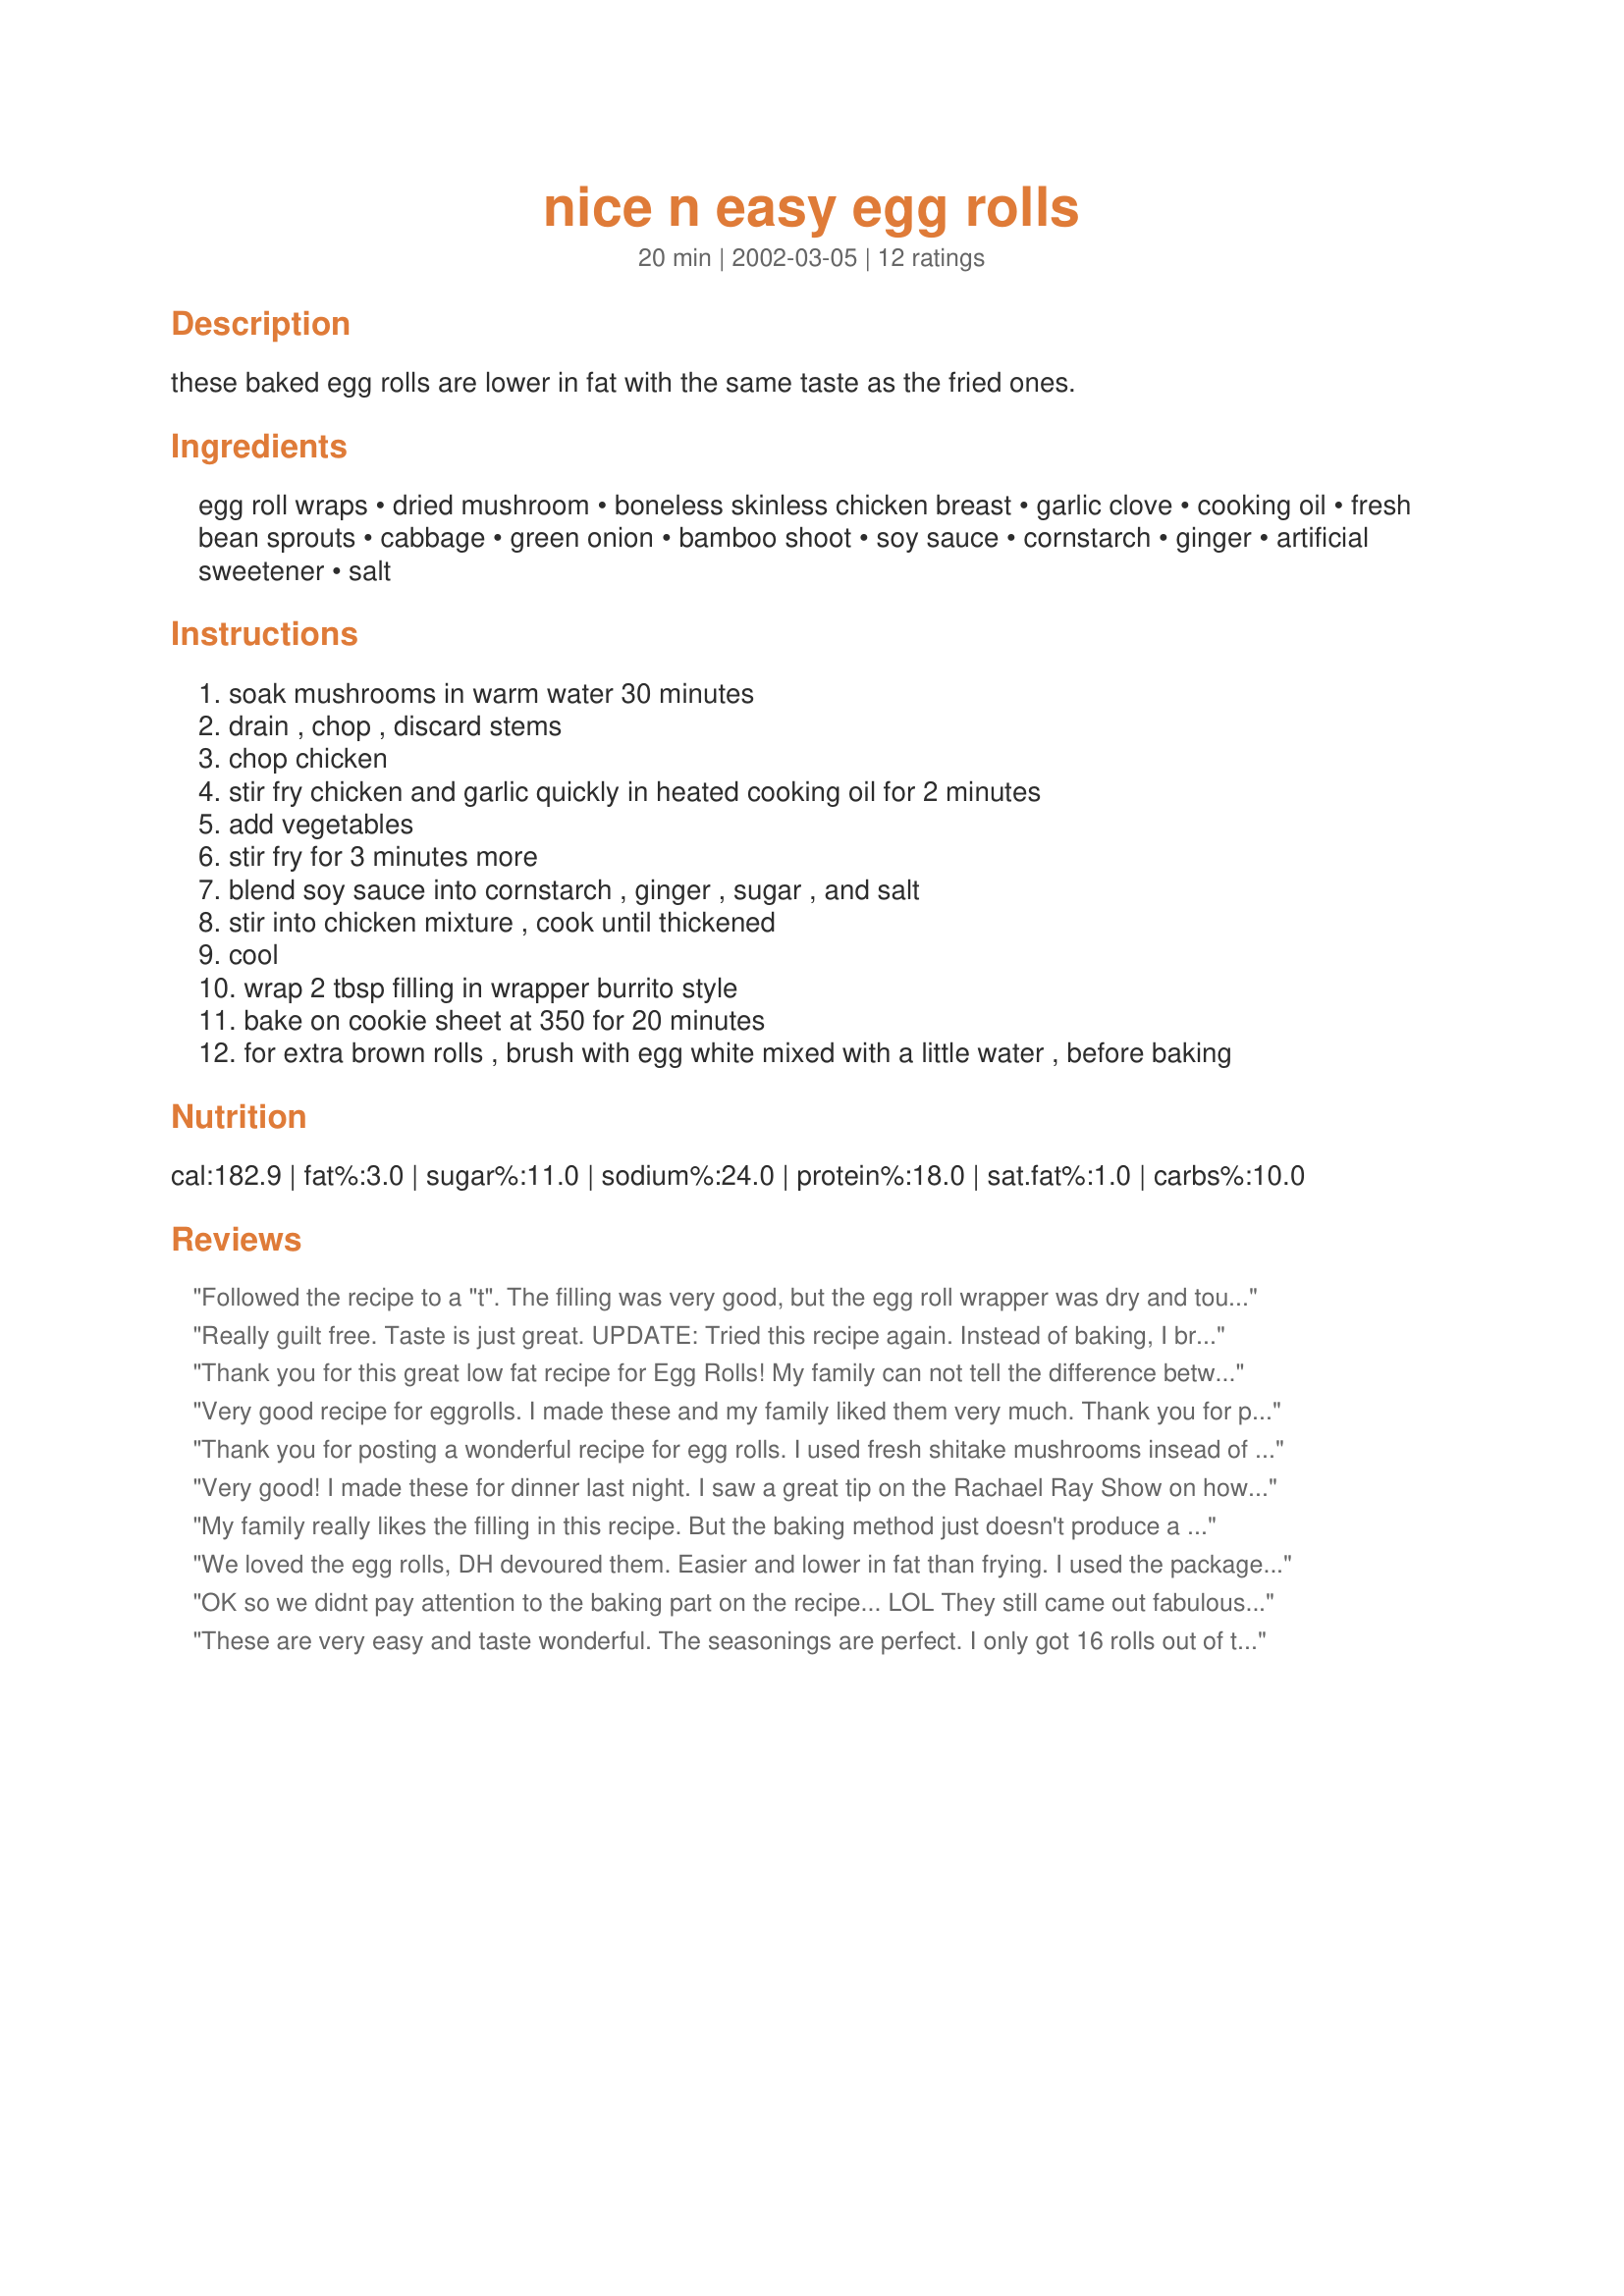
nice n easy egg rolls
Preparation time: 20 minutes

these baked egg rolls are lower in fat with the same taste as the fried ones.

Ingredients:
egg roll wraps, dried mushroom, boneless skinless chicken breast, garlic clove, cooking oil, fresh bean sprouts, cabbage, green onion, bamboo shoot, soy sauce, cornstarch, ginger, artificial sweetener, salt

Steps:
soak mushrooms in warm water 30 minutes
drain , chop , discard stems
chop chicken
stir fry chicken and garlic quickly in heated cooking oil for 2 minutes
add vegetables
stir fry for 3 minutes more
blend soy sauce into cornstarch , ginger , sugar , and salt
stir into chicken mixture , cook until thickened
cool
wrap 2 tbsp filling in wrapper burrito style
bake on cookie sheet at 350 for 20 minutes
for extra brown rolls , brush with egg white mixed with a little water , before baking

Reviews:
Followed the recipe to a "t". The filling was very good, but the egg roll wrapper was dry and tough. Next time will fry rather than bake.
Really guilt free. Taste is just great.
UPDATE: Tried this recipe again. Instead of baking, I browned them in cooking spray, then reduced heat to low and steamed them 10 minutes covered with 1/4 cup of chicken broth. WOW! great.
Thank you for this great low fat recipe for Egg Rolls! My family can not tell the difference between the bake ones and or the fried ones! Thanks again!
Donna
Very good recipe for eggrolls. I made these and my family liked them very much. Thank you for posting.
Thank you for posting a wonderful recipe for egg rolls. I used fresh shitake mushrooms insead of dried ones. Mine were not as healthy, as they ended up fried....but i can tell you they are good fried as well!!!
Very good! I made these for dinner last night. I saw a great tip on the Rachael Ray Show on how to "bake" fry foods. Preheat about 1/4 cup of oil on the cooking sheet you will be baking the egg rolls in. When you are ready to bake the egg rolls take hot sheet pan out of the oven: roll them through the hot oil and bake as directed. (The oil should sizzle when the egg roll is dredged through.) BE CAREFUL!!! REMEMBER PAN WILL BE HOT!!!! My egg rolls were crispy and delicious! Thanks for the recipe!
My family really likes the filling in this recipe. But the baking method just doesn't produce a tasty package for the filling. I've tried baking them 3 ways: plain, brushed with egg white, and brushed with oil. None of these methods turned out great. So I will probably keep the filling recipe and try frying the rolls next time.
We loved the egg rolls, DH devoured them. Easier and lower in fat than frying. I used the package coleslaw mix in stead of regular cabbage and then made the rest as stated. Thank you very much for posting this easy, tasty recipe.
OK so we didnt pay attention to the baking part on the recipe... LOL They still came out fabulous!!! Who needs meat in an egg roll this good! I will make these again who knows maybe i will bake them next time :-)
These are very easy and taste wonderful. The seasonings are perfect. I only got 16 rolls out of this recipe. Thanks for sharing!
darn tootin good...try them with ground pork ..i bet that would be killer too...thanks for the dish evrybody enjoyed them.
If you use cooking spray instead of oil to stir fry the ingredients, it tastes better and really cuts down on calories.
